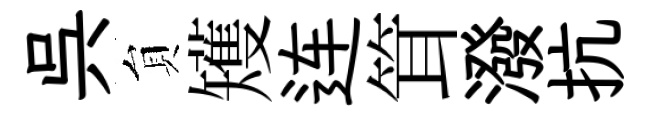
呉貟矱连䇯潑抗